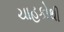
ચાહકોથી